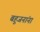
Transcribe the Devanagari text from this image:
बहुजनांना